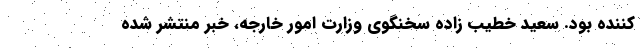
‌کننده بود. سعید خطیب زاده سخنگوی وزارت امور خارجه، خبر منتشر شده